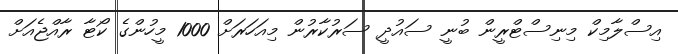
އިސްލާމިކް މިނިސްޓްރީން ބުނީ ސައުދީ ސަރުކާރުން މިއަހަރަށް 1000 މީހުންގެ ކޯޓާ ރާއްޖެއަށް